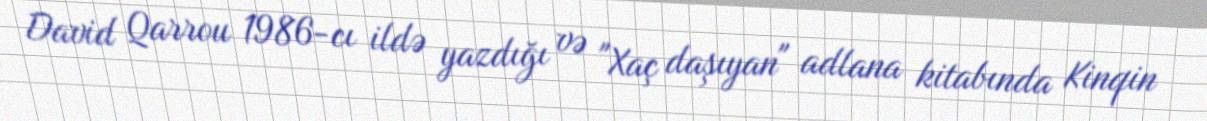
David Qarrou 1986-cı ildə yazdığı və "Xaç daşıyan" adlana kitabında Kinqin